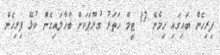
ފިރިހެން ބައިގައި ހިމެނޭ 17 ޓީމް ހަތަރު ގުރޫޕަކަށް ބާހާލައިގެން ކުޅޭ ފިރިހެން